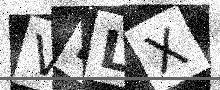
Text: VHLX